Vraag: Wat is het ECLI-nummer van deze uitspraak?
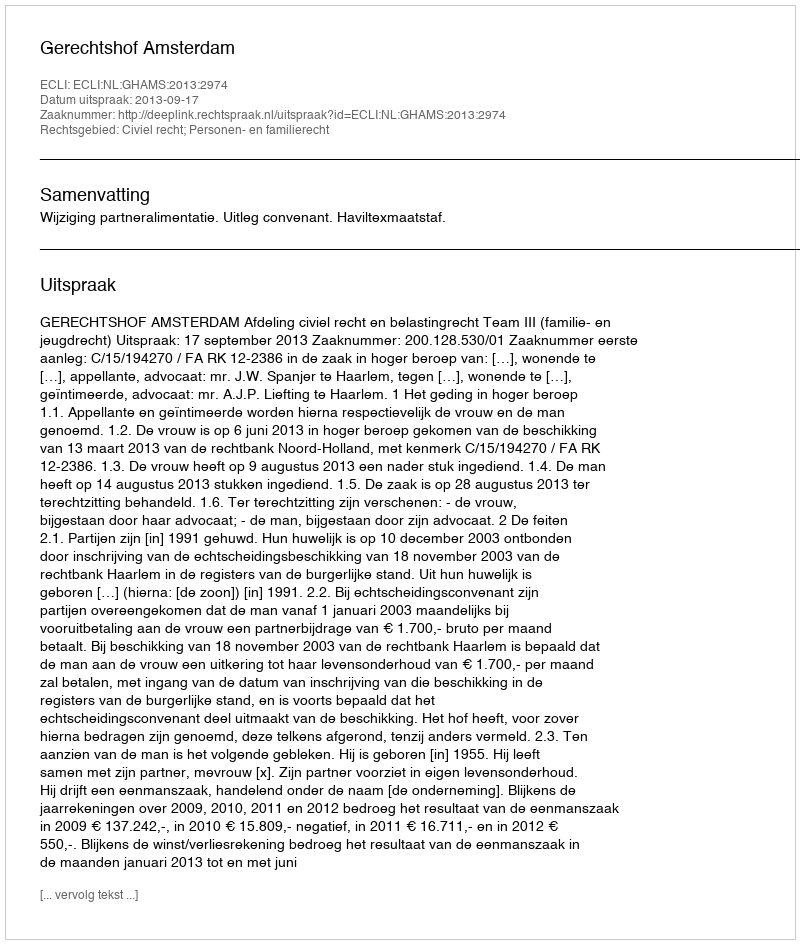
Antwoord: ECLI:NL:GHAMS:2013:2974